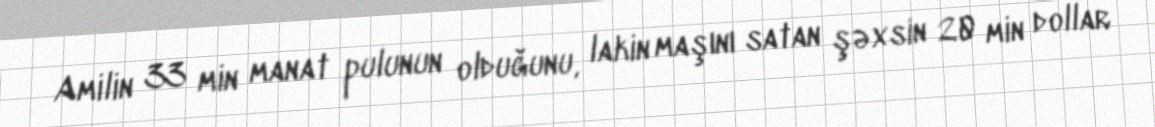
Amilin 33 min manat pulunun olduğunu, lakin maşını satan şəxsin 20 min dollar